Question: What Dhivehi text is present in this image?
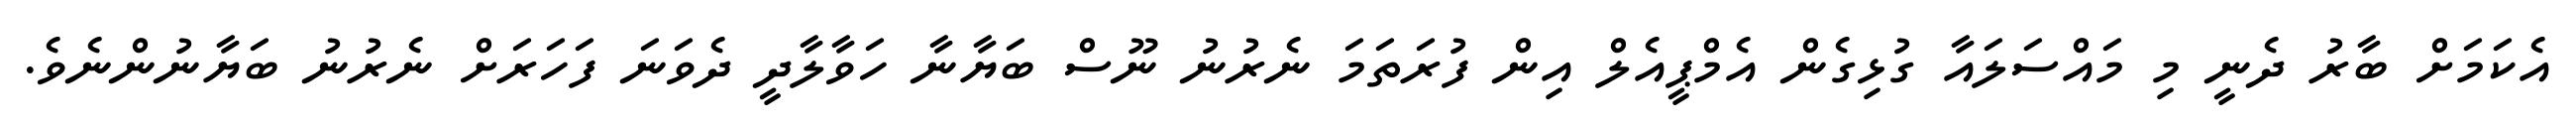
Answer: އެކަމަށް ބާރު ދެނީ މި މައްސަލައާ ގުޅިގެން އެމްޕީއެލް އިން ފުރަތަމަ ނެރުނު ނޫސް ބަޔާނާ ހަވާލާދީ ދެވަނަ ފަހަރަށް ނެރުނު ބަޔާނުންނެވެ.